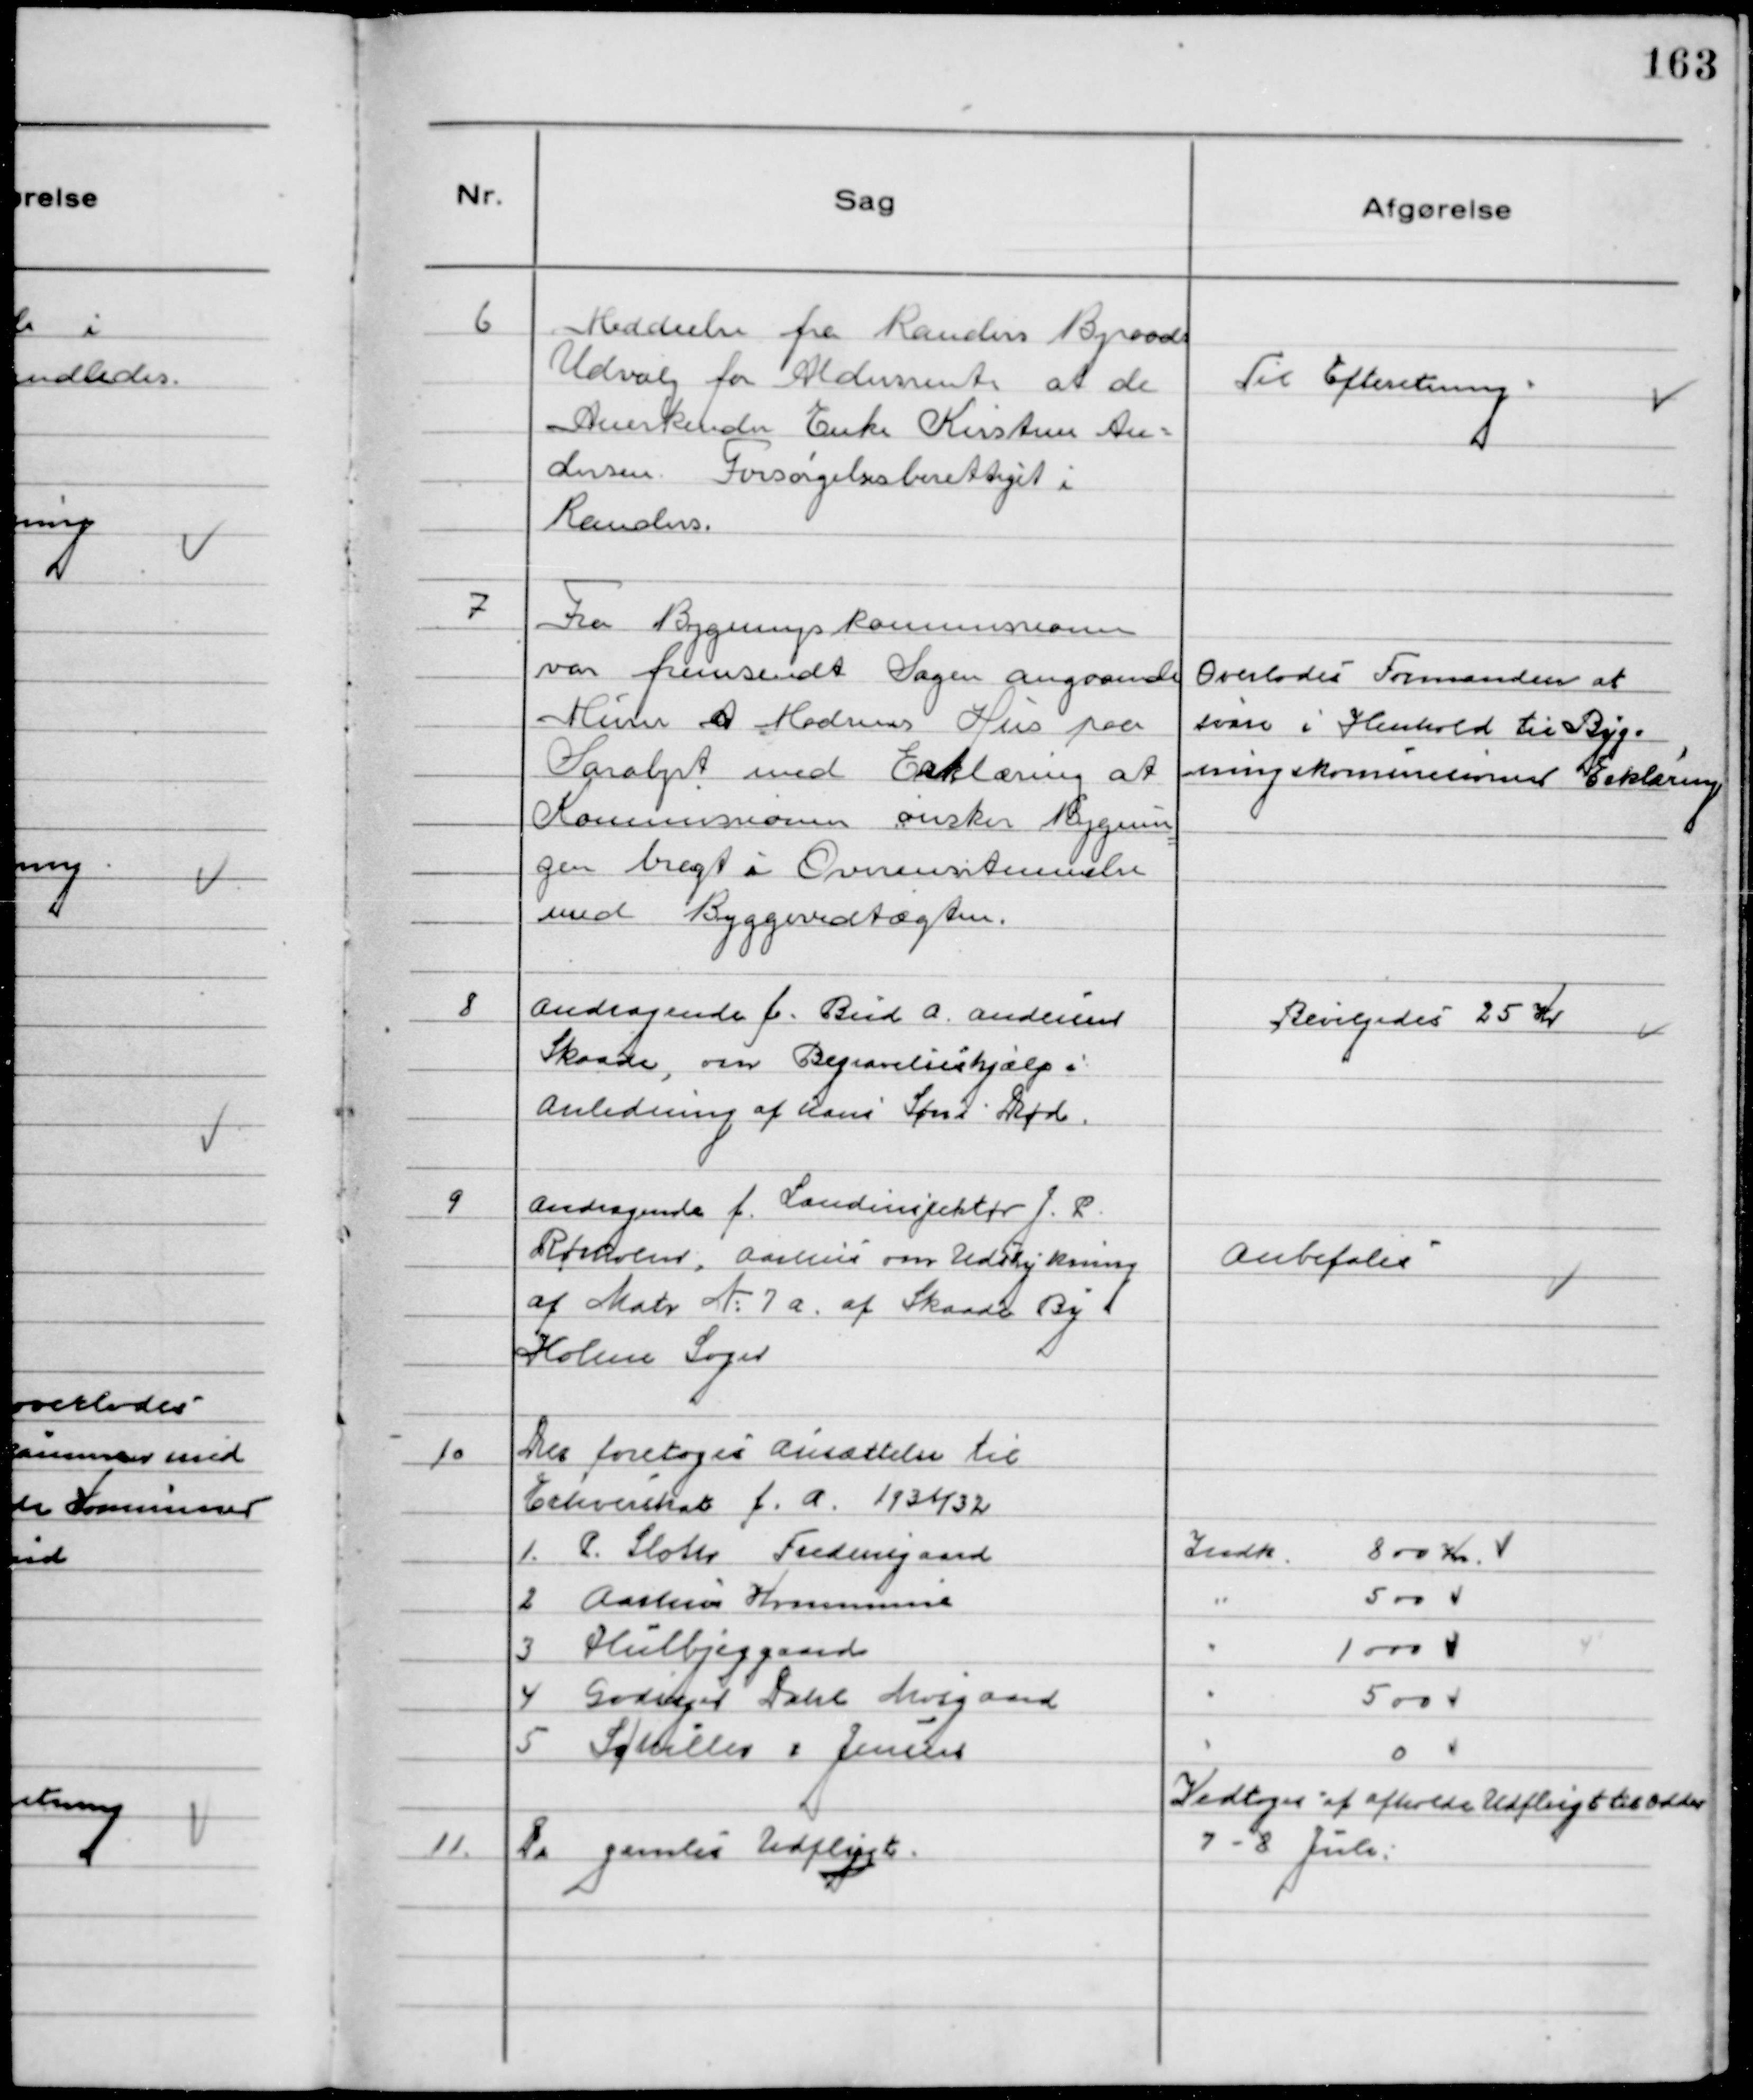
Transskription:
6
Meddeelse fra Randers Byraads
Udvalg for Aldersrente at de
Anerkender Enke Kirstine An-
dersen Forsørgelsesberettiget i
Randers.

Til Efteretning

7
Fra Bygningskommissionen
var fremsendt Sagen angaaende
Murer A Madsens Hus paa
Saralyst med Erklæring at
Kommissionen ønsker Bygnin
gen bragt i Overensstemmelse
med Byggevedtægten.

Overlodes Formanden at
svare i Henhold til Byg-
ningskommissionens Erklæring

8
Andragende f. Bud A. Andersen
Skaade, om Begravelseshjælp i
Anledning af hans Søns Død.

Bevilgedes 25 Kr

9
Andragende f. Landinspektør J. P.
Rørholm, Aarhus om Udstykning
af Matr № 7 a.  af Skaade By
Holme Sogn

Anbefales

10
Der foretoges Ansættelse til
Erhvervsskat f.a. 1931/32
1. P. Sloth Fredensgaard
2 Aarhus Kommune
3 Hulbjerggaard
4 Godsejer Dahl Mosgaard
5 Schiller & Jensen

Indk 800 Kr
" 500 v
" 1000 v
" 500 v
" 0 v

11.
De gamles Udflugt.

Vedtoges at afholde Udflugt til Odder
7-8 Juli.